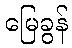
မြေခွန်